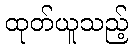
ထုတ်ယူသည့်